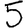
Digit: 5